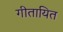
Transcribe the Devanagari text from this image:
गीतायित